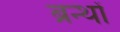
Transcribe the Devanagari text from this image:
ब्रन्थों